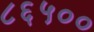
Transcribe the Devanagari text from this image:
८६५००